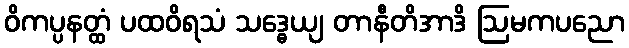
ဝိကပ္ပနတ္ထံ ပထဝိရသံ သဒ္ဓေယျ တာနီတိအာဒိ ဩမကပညော